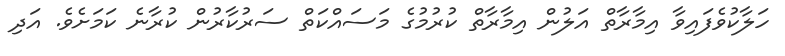
ހަލާކުވެފައިވާ އިމާރާތް އަލުން އިމާރާތް ކުރުމުގެ މަސައްކަތް ސަރުކާރުން ކުރާނެ ކަމަށެވެ. އަދި